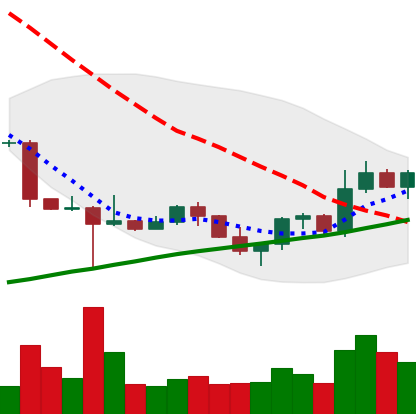
Ticker: ETC-USD
Chart end date: 2022-10-28
Forward return: -10.091%
Label: down_7plus